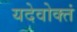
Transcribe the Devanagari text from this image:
यदेवोक्तं